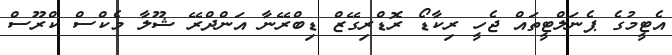
އެޓީމުގެ ޕެނަލްޓީތައް ޖެހީ ރިކާޑޯ ރޮޑްރިގޭޒް ޑިބްރޭނާ އަންދްރޭ ޝޫލާ މެކްސް ކްރޫސް